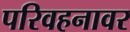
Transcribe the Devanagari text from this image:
परिवहनावर